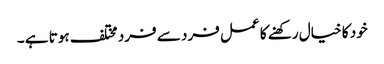
خود کا خیال رکھنے کا عمل فرد سے فرد مختلف ہوتا ہے ۔